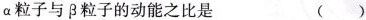
\alpha 粒子与\beta 粒子的动能之比是 ( )